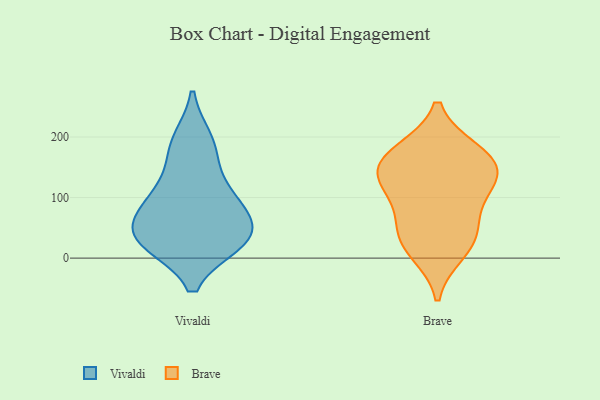
{"axis": {"x": "Budget (USD K)", "y": "Value"}, "legend": ["Brave", "Vivaldi"], "data": [{"x": "", "y": 29, "type": "Vivaldi"}, {"x": "", "y": 29, "type": "Vivaldi"}, {"x": "", "y": 44, "type": "Vivaldi"}, {"x": "", "y": 45, "type": "Vivaldi"}, {"x": "", "y": 90, "type": "Vivaldi"}, {"x": "", "y": 91, "type": "Vivaldi"}, {"x": "", "y": 27, "type": "Vivaldi"}, {"x": "", "y": 193, "type": "Vivaldi"}, {"x": "", "y": 113, "type": "Vivaldi"}, {"x": "", "y": 177, "type": "Vivaldi"}, {"x": "", "y": 145, "type": "Brave"}, {"x": "", "y": 116, "type": "Brave"}, {"x": "", "y": 176, "type": "Brave"}, {"x": "", "y": 148, "type": "Brave"}, {"x": "", "y": 175, "type": "Brave"}, {"x": "", "y": 132, "type": "Brave"}, {"x": "", "y": 33, "type": "Brave"}, {"x": "", "y": 41, "type": "Brave"}, {"x": "", "y": 11, "type": "Brave"}, {"x": "", "y": 81, "type": "Brave"}]}